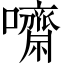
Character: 𡄡